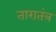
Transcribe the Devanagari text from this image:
तारातंत्र